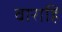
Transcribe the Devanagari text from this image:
वाराहि